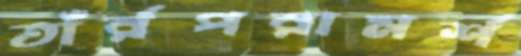
তাঁর্রপরামর্শ